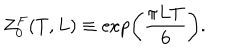
LaTeX: Z _ { 0 } ^ { F } ( T , L ) \equiv \exp \left( \frac { \pi L T } { 6 } \right) .